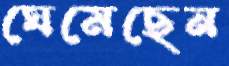
ঘেমেছেন